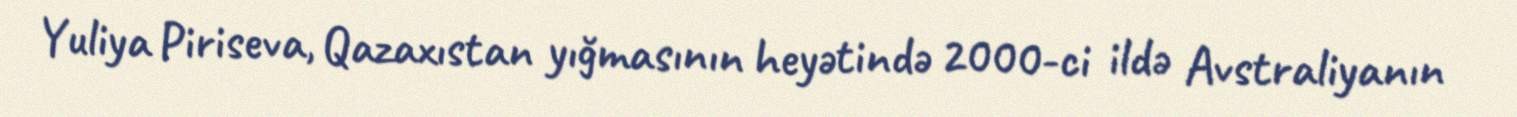
Yuliya Piriseva, Qazaxıstan yığmasının heyətində 2000-ci ildə Avstraliyanın